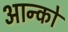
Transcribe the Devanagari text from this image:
आन्को